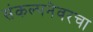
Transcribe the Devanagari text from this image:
संकल्पनेवरचा